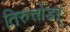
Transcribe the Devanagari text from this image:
तिरुत्तोंडर्